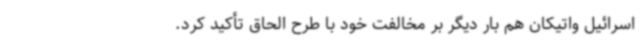
اسرائیل واتیکان هم بار دیگر بر مخالفت خود با طرح الحاق تأکید کرد.